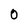
Character: 0